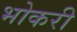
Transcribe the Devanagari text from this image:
भोकरी